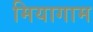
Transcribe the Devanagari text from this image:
मियागाम